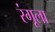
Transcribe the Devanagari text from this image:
रंगूला